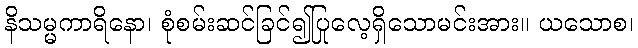
နိသမ္မကာရိနော၊ စုံစမ်းဆင်ခြင်၍ပြုလေ့ရှိသောမင်းအား။ ယသောစ၊